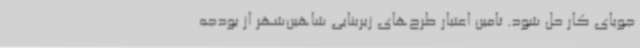
جویای کار حل شود. تامین اعتبار طرح‌های زیربنایی شاهین‌شهر از بودجه